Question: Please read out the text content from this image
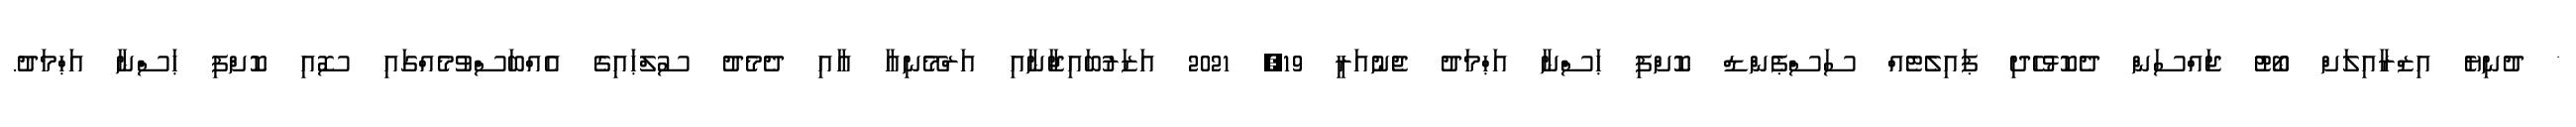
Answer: * ދުނިޔެ އިޒްރާއިލަށް ބޯޓު ޖައްސަން ދެކޮޅުހެދި ޕައިލެޓެއް ސަސްޕެންޑް ކޮށްފި ޙަސްނާ އަޙްމަދު ޖެނުއަރީ 19, 2021 އަޒަރުބައިޖާނާއި އަރްމޭނިއާ އާއި ދެމެދު ސުލްޙައިގެ އެއްބަސްވުމެއްގައި ސޮއި ކޮށްފި ޙަސްނާ އަޙްމަދު.